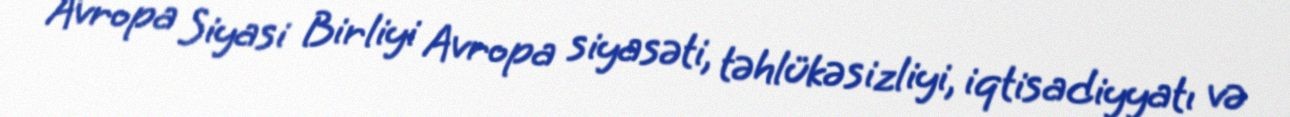
Avropa Siyasi Birliyi Avropa siyasəti, təhlükəsizliyi, iqtisadiyyatı və